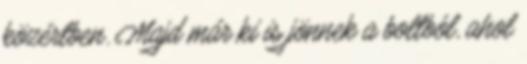
közértben. Majd már ki is jönnek a boltból, ahol